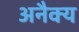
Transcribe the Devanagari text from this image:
अनैक्य